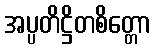
အပ္ပတိဋ္ဌိတစိတ္တော